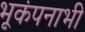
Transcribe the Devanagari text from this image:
भूकंपनाभी